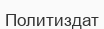
Политиздат